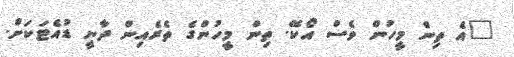
"އެ ތިން މީހުން ވެސް އޯކޭ. ތިން މީހުންގެ ތެރެއިން ދާނީ ޑުއެޓަކަށް.